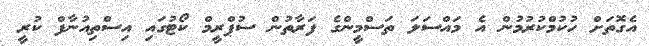
އެގޮތަށް ހުކުމްކުރުމުން އެ މައްސަލަ ތަސްމީންގެ ފަރާތުން ސުޕްރީމް ކޯޓުގައި އިސްތިއުނާފް ކުރީ